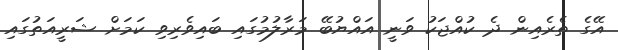
އޭގެ ތެރެއިން ދެ ކުއްޖަކު ވަނީ އައްޔުބޭ މަރާލުމުގައި ބައިވެރިވި ކަމަށް ޝަރީއަތުގައި